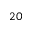
_ { 2 0 }